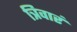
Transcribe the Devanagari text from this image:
त्रिवारं